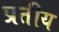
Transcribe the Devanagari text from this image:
प्रतीय